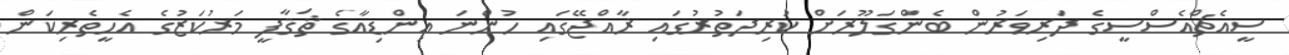
ސީއެޗްއެސްސީގެ ދަރިވަރުން ބެންގަލޫރަށް ކުރިދަތުރުގައި ޜާއްޖޭގައި ހުންނަ އިންޑިއާގެ ޘަޤާފީ މަރުކަޒުގެ އެހީތެރިކަން